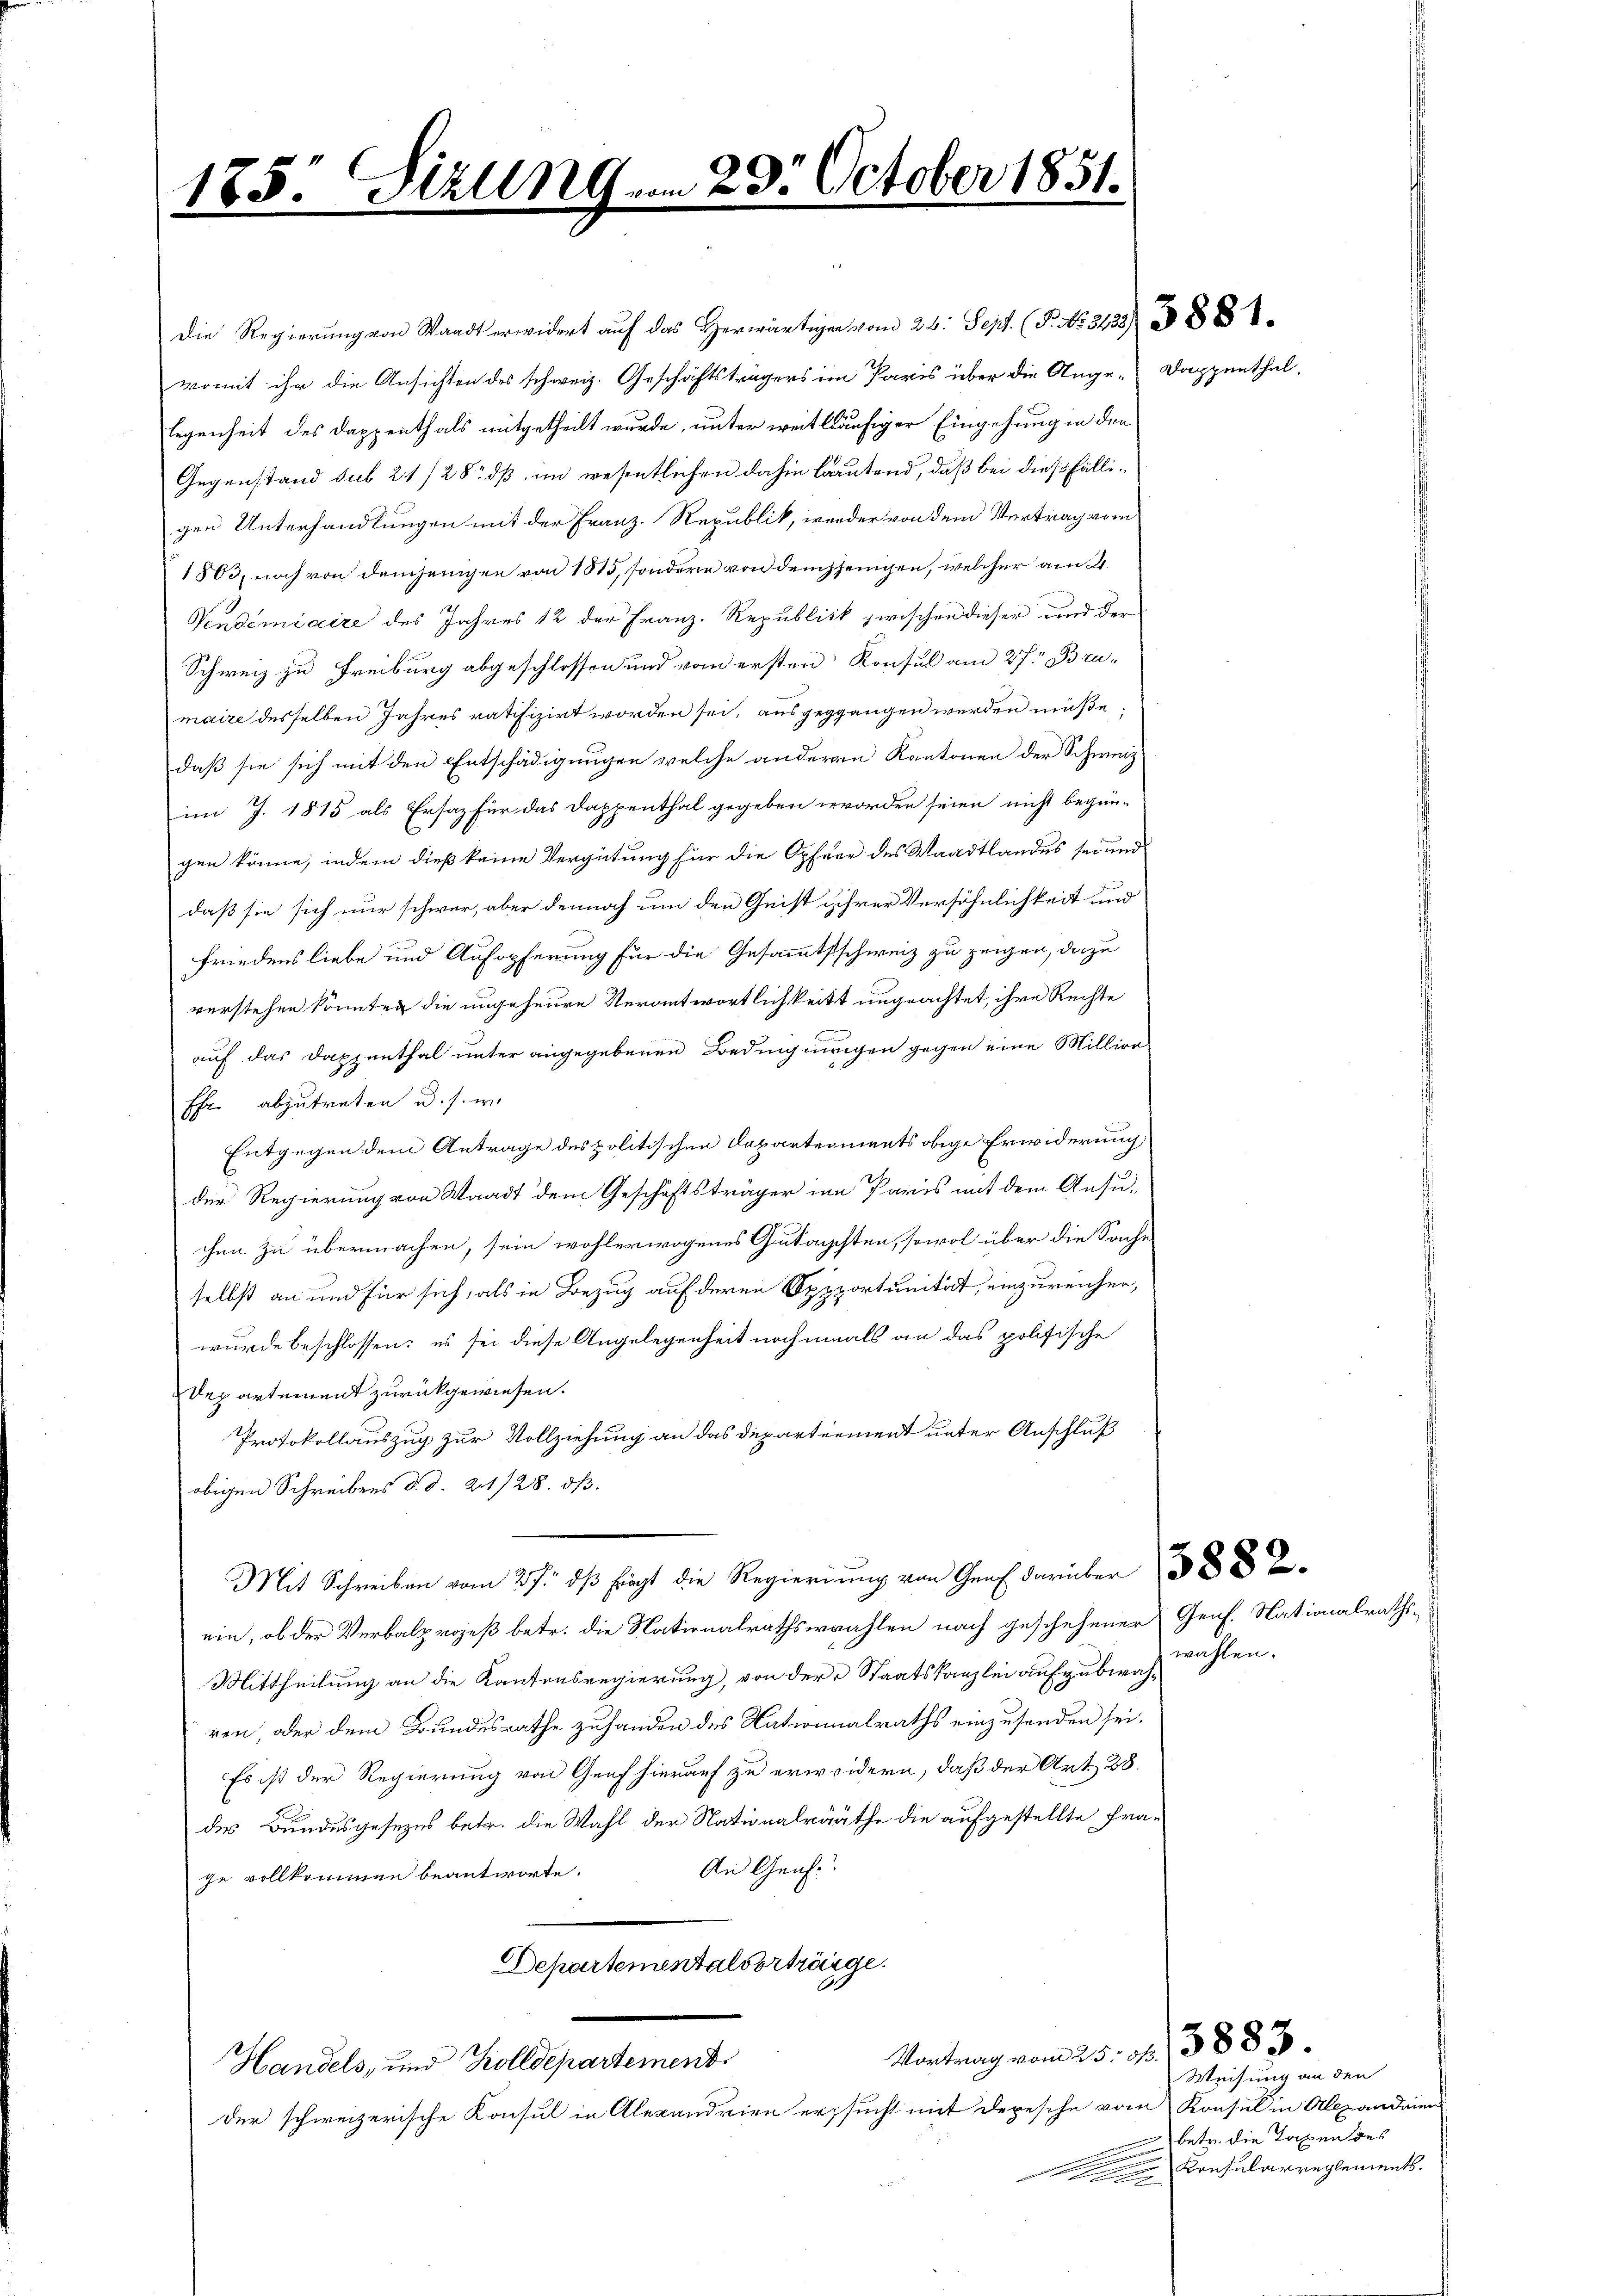
185. Sizung ... 23. October 1851.

Die Regierung von Waadt erwidert auf das Herwärtigen vom 26. Sept. (T. No. 3133) § 88 f.
womit ihr die Ansichten des schweiz. Geschäftsträgers im Paris über die Ange-Dappenthal.
legenheit des Dappenthals mitgetheilt wurde, unter weitläufiger Eingehung in den
Gegenstand sub 21/28 dß im wesentlichen dahin lautend, daß bei dies fälligen Unterhandlungen mit der Franz-Republik, wieder von dem Vertrag vom
1803, noch von demjenigen von 1815, sondern von demjjenigen, welcher am 21.
Vendemiaire des Jahres 12 der Franz. Republick zwischen dieser und der
Schweiz zu Freiburg abgeschlossen und von ersten Konsul am 27. Brumaire desselben Jahres ratifizirt worden sei, ausgeggangen werden müße;
daß sie sich mit den Entschädigungen welche anderen Kantonen der Schweiz
im J. 1815 als Ersatz für das Dappenthal gegeben worden seien nicht begün-
gen könne, indem dieß keine Vergütung für die Opfer des Waadtlandes sei und
daß sie sich nur schwer, aber dennoch um den Geist ihrer Versöhnlichkeit und
friedens liebe und Aufopferung für die Gesammtsschweiz zu zeigen, dazu
verstehen könnten die ungeheure Verantwortlichkeitt ungeachtet, ihre Rechte
auf das Dappenthal unter angegebenen Bedingnungen gegen eine Million
Ehe abzutreten u. s. w.
Entgegen dem Antrage des politischen Departements obige Erwiderung
der Regierung von Waadt dem Geschäftsträger in Paris mit dem Ansu-
chen zu übermachen, sein wohlerwogenes Gutachten, sowol über die Sache
selbst an und für sich, als in Bezug auf deren Oppportunität, einzureichen,
wurde beschlossen: es sei diese Angelegenheit nochmals an das politische
Departement zurückgewiesen.
Protokollauszug zur Vollziehung an das Departement unter Anschluß
obigen Schreibens d. d. 201/28. ds.
Mit Schreiben vom 27. ds fragt die Regierung von Genf darüber d
ein, ob der Verbalprozeß betr. die Nationalrathswahlen nach geschehener Genf. Nationalraths-
Mittheilung an die Kantonsregierung, von der Staatskanzlei aufzubewahren, oder dem Bundesrathe zuhanden des Nationalraths einzusenden sei.
Es ist der Regierung von Genf hierauf zu erweidern, daß der Art. 28.
des Bundesgesezes betr. die Wahl der Nationalrääthe die aufgestellte Fra¬
An Graf
ge vollkommen beantworte.
Departementalverträge.
Vortrag vom 25. ff. 388
Marieli den der angestament.
der schweizerische Konsul in Alexandrien ersucht mit depesche vom Konsul in Alexandenen
e

wählen.

Weisung an den
betr. die Taxen des
Konsularreglements.